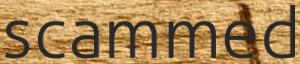
scammed